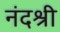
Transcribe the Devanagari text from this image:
नंदश्री